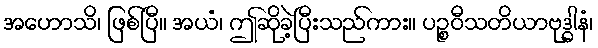
အဟောသိ၊ ဖြစ်ပြီ။ အယံ၊ ဤဆိုခဲ့ပြီးသည်ကား။ ပဉ္စဝီသတိယာဗုဒ္ဓါနံ၊